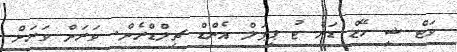
ވަޓް ޝީ ހޭޒް ޑަން ޓު ޕީޕަލް އެންޑް ޗިލްޑްރެން. ވަރަށް ވަރަށް